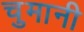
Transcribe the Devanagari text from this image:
चुमानी